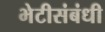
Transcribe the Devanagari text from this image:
भेटीसंबंधी